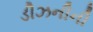
ડીઝનીની